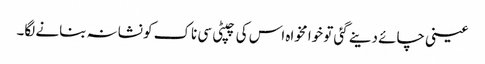
عینی چائے دینے گئی تو خوا مخواہ اس کی چپٹی سی ناک کو نشانہ بنانے لگا۔